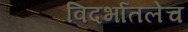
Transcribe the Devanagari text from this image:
विदर्भातलेच